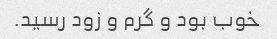
خوب بود و گرم و زود رسید.